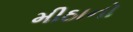
મીઠાનો